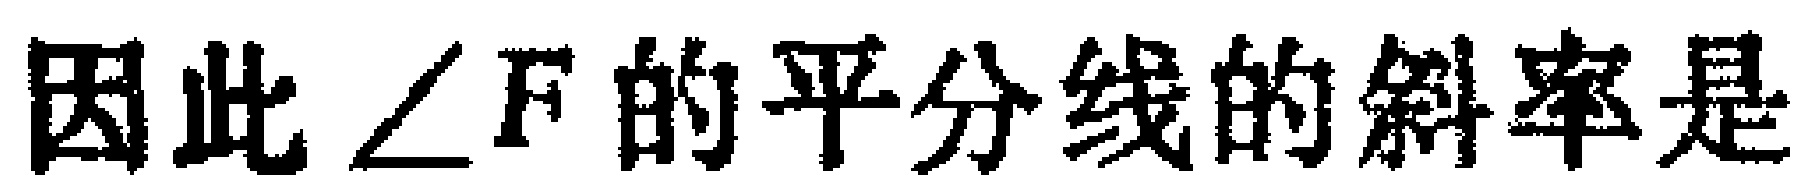
因此$\angle F$的平分线的斜率是